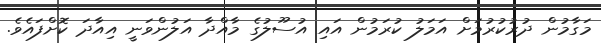
މަގާމުން ދުރުކުރުމަށް އަމަލު ކުރަމުން އައި އުސޫލުގެ މާއްދާ އަލުންވަނީ އިއާދަ ކޮށްފައެވެ.